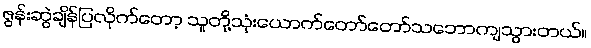
ဇွန်းဆွဲချိန်ပြလိုက်တော့ သူတို့သုံးယောက်တော်တော်သဘောကျသွားတယ်။